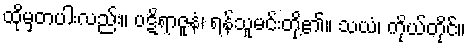
ထိုမှတပါးလည်း။ ပဋိရာဇူနံ၊ ရန်သူမင်းတို့၏။ သယံ၊ ကိုယ်တိုင်။